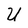
Character: U